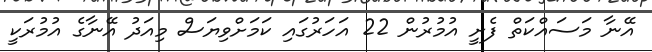
އޭނާ މަސައްކަތް ފެށީ އުމުރުން 22 އަހަރުގައި ކަމަށްވިޔަސް މިއަދު އޭނާގެ އުމުރަކީ